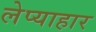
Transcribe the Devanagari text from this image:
लेप्याहार